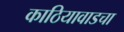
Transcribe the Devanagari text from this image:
काठियावाडचा